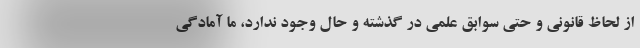
از لحاظ قانونی و حتی سوابق علمی در گذشته و حال وجود ندارد، ما آمادگی